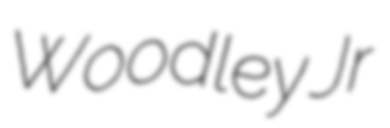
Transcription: Woodley Jr